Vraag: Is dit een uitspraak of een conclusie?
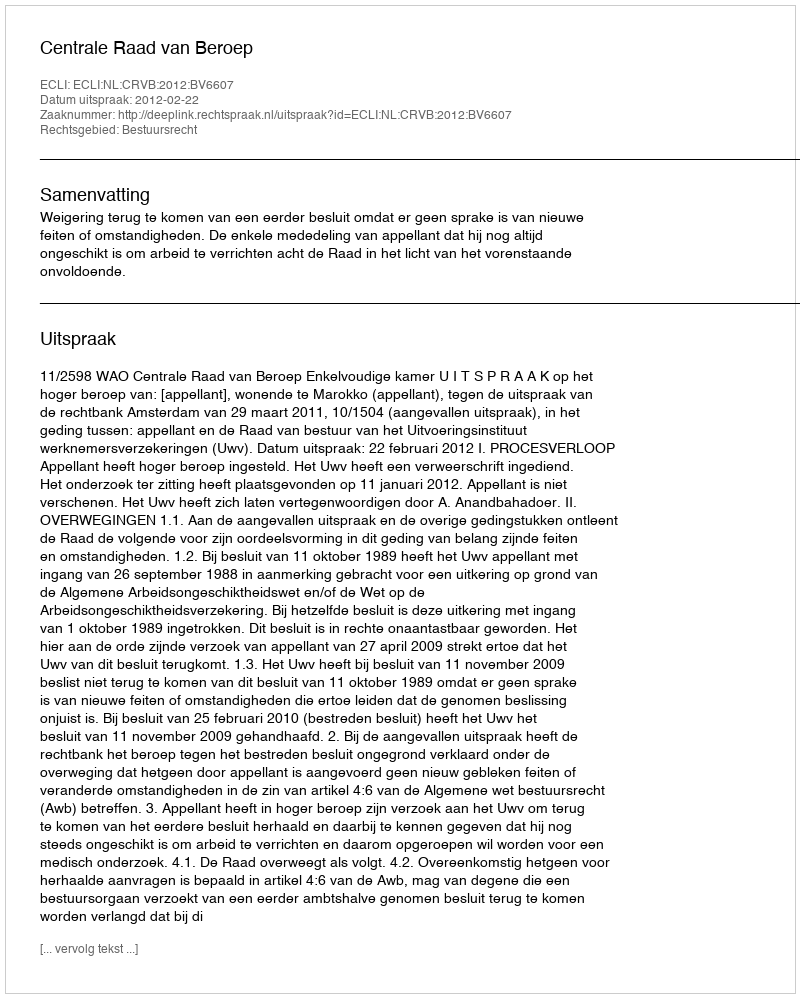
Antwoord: Uitspraak